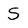
Character: S